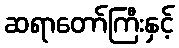
ဆရာတော်ကြီးနှင့်